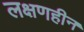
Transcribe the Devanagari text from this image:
लक्षणहीन